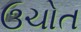
ઉચોત